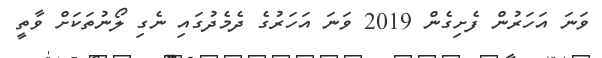
ވަނަ އަހަރުން ފެށިގެން 2019 ވަނަ އަހަރުގެ ދެމެދުގައި ނެގި ލޯނުތަކަށް ވާތީ